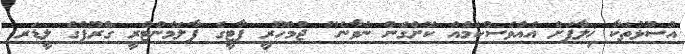
އުސޫޅުތަކާ ޚިލާފަށް އެއްވެސްކަމެއް ކޮށްގެން ނުވާނެ" ޖުމްހޫރީ ޕާޓީގެ ޕާލަމެންޓްރީ ގްރޫޕްގެ ލީޑަރ